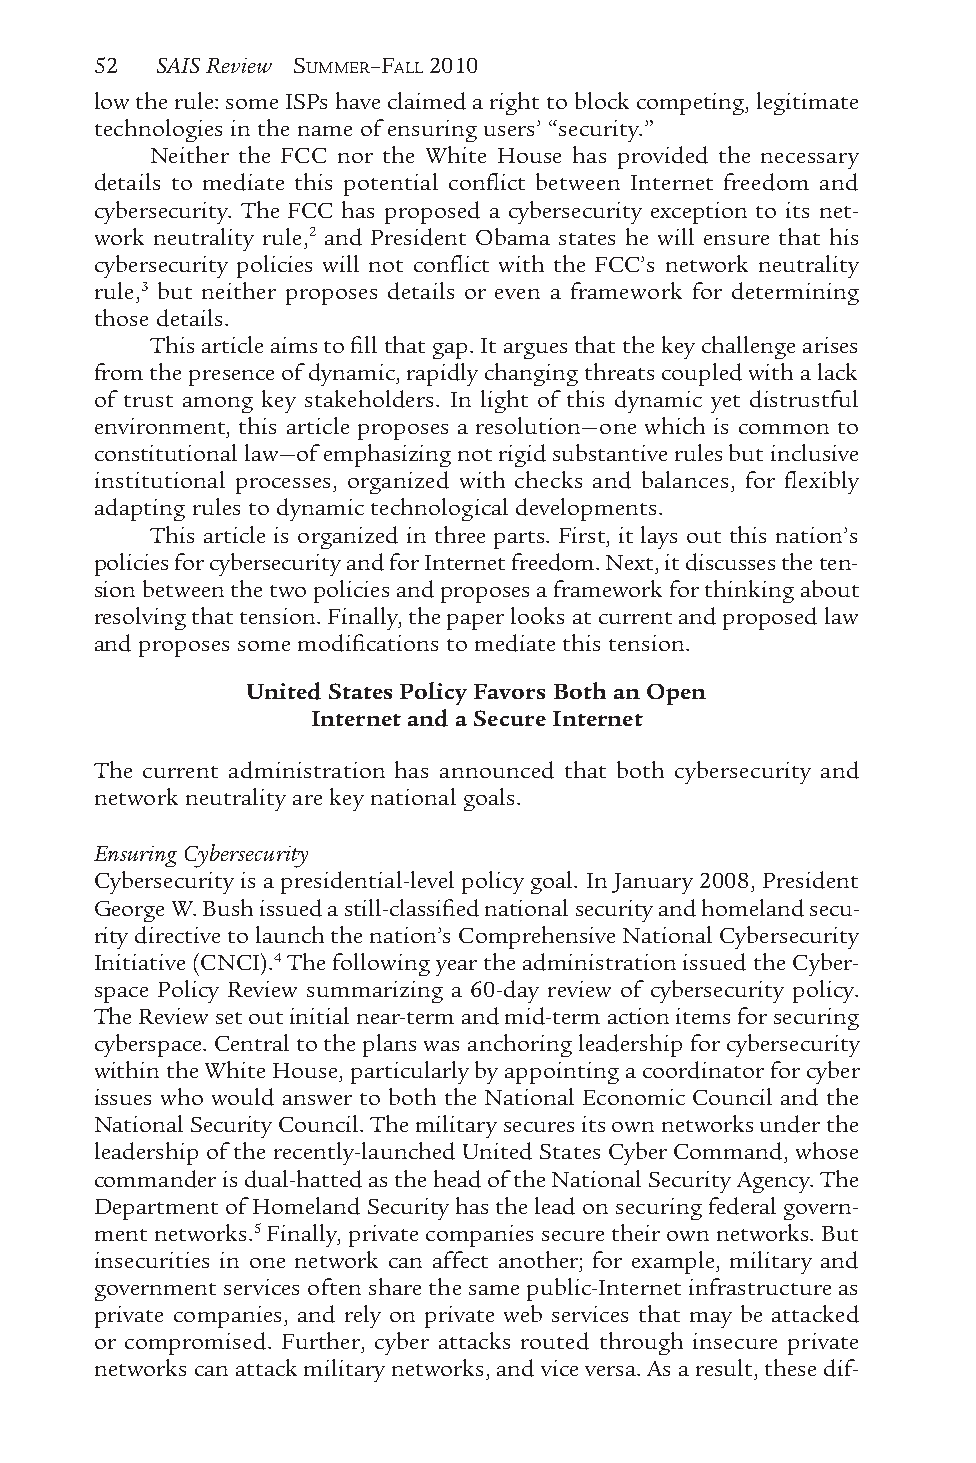
52  SAIS Review SUMMER–FALL 2010
 low the rule: some ISPs have claimed a right to block competing, legitimate
 technologies in the name of ensuring users’ “security.”
 Neither the FCC nor the White House has provided the necessary
 details to mediate this potential conflict between Internet freedom and
 cybersecurity. The FCC has proposed a cybersecurity exception to its net-
 work neutrality rule,2 and President Obama states he will ensure that his
 cybersecurity policies will not conflict with the FCC’s network neutrality
 rule,3 but neither proposes details or even a framework for determining
 those details.
 This article aims to fill that gap. It argues that the key challenge arises
 from the presence of dynamic, rapidly changing threats coupled with a lack
 of trust among key stakeholders. In light of this dynamic yet distrustful
 environment, this article proposes a resolution—one which is common to
 constitutional law—of emphasizing not rigid substantive rules but inclusive
 institutional processes, organized with checks and balances, for flexibly
 adapting rules to dynamic technological developments.
 This article is organized in three parts. First, it lays out this nation’s
 policies for cybersecurity and for Internet freedom. Next, it discusses the ten-
 sion between the two policies and proposes a framework for thinking about
 resolving that tension. Finally, the paper looks at current and proposed law
 and proposes some modifications to mediate this tension.
 United States Policy Favors Both an Open
 Internet and a Secure Internet
 The current administration has announced that both cybersecurity and
 network neutrality are key national goals.
 Ensuring Cybersecurity
 Cybersecurity is a presidential-level policy goal. In January 2008, President
 George W. Bush issued a still-classified national security and homeland secu-
 rity directive to launch the nation’s Comprehensive National Cybersecurity
 Initiative (CNCI).4 The following year the administration issued the Cyber-
 space Policy Review summarizing a 60-day review of cybersecurity policy.
 The Review set out initial near-term and mid-term action items for securing
 cyberspace. Central to the plans was anchoring leadership for cybersecurity
 within the White House, particularly by appointing a coordinator for cyber
 issues who would answer to both the National Economic Council and the
 National Security Council. The military secures its own networks under the
 leadership of the recently-launched United States Cyber Command, whose
 commander is dual-hatted as the head of the National Security Agency. The
 Department of Homeland Security has the lead on securing federal govern-
 ment networks.5 Finally, private companies secure their own networks. But
 insecurities in one network can affect another; for example, military and
 government services often share the same public-Internet infrastructure as
 private companies, and rely on private web services that may be attacked
 or compromised. Further, cyber attacks routed through insecure private
 networks can attack military networks, and vice versa. As a result, these dif-